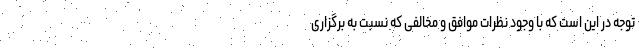
توجه در این است که با وجود نظرات موافق و مخالفی که نسبت به برگزاری